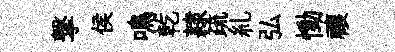
撃侯鳴乾隷疏糺弘慟禳